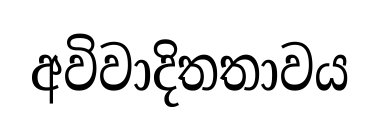
අවිවාදිතතාවය